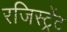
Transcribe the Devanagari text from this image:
रजिस्ट्रेंट